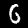
Label: 6